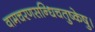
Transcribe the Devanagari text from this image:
वामचरणसन्धिचतुष्केषु।